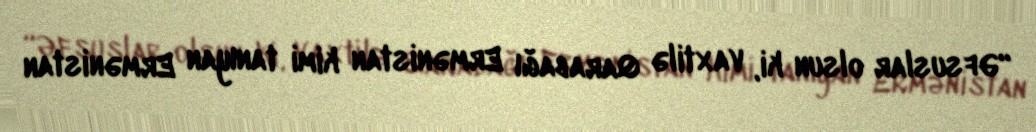
“Əfsuslar olsun ki, vaxtilə Qarabağı Ermənistan kimi tanıyan Ermənistan